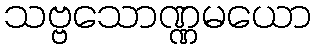
သဗ္ဗသောဏ္ဏမယော